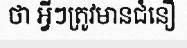
ថា អ្វីៗត្រូវមានជំនឿ